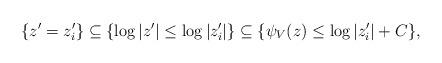
LaTeX: \begin{align*}\{z' = z_i'\} \subseteq \{\log |z'| \leq \log |z_i'|\} \subseteq \{\psi_V(z) \leq \log |z_i'| + C \},\end{align*}